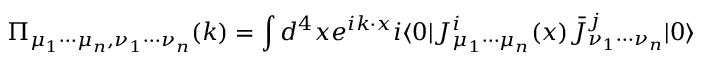
\Pi _ { \mu _ { 1 } \cdots \mu _ { n } , \nu _ { 1 } \cdots \nu _ { n } } ( k ) = \int d ^ { 4 } x e ^ { i k \cdot x } i \langle 0 | J _ { \mu _ { 1 } \cdots \mu _ { n } } ^ { i } ( x ) \bar { J } _ { \nu _ { 1 } \cdots \nu _ { n } } ^ { j } | 0 \rangle